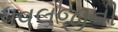
ધવલજીની